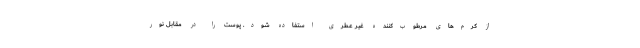
از کرم‌های مرطوب‌کننده غیر عطری استفاده شود. پوست را در مقابل نور